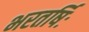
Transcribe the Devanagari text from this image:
भरतर्षिः